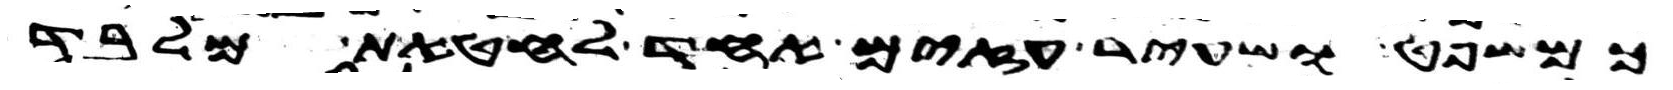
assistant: כמשפט ושעיר עזים אחד לחטאת מלבד